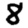
Digit: 8